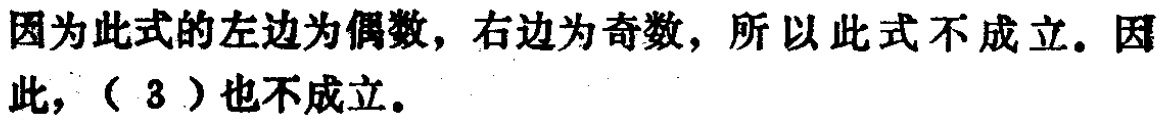
因为此式的左边为偶数，右边为奇数，所以此式不成立。因此，（ 3 ）也不成立。